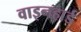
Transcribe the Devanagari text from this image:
वाइनहार्ड